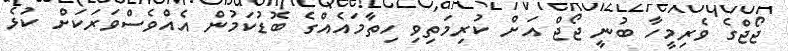
ޖޯޖްގެ ވެރިމީހާ ބުނީ ޖޯޖް އަށް ކުރިމަތިވި ހިތާމައެއްގެ ބޮޑުކަމުން އެއްވެސްވަރަކަށް ކުޅެ